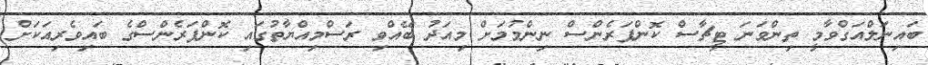
ބައިނަލްއަގްވާމީ ތިންވަނަ ޓީޗާސް ކޮންފަރެންސް ނިންމުމަށް މިއަދު ބޭއްވި ރަސްމިއްޔާތުގައި ކޮންފަރެންސްގެ ބައިވެރިއަކަށް